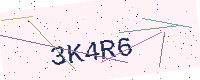
Text: 3K4R6